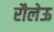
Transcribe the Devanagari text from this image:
रौलेऊ